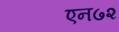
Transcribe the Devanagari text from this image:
एन७२